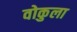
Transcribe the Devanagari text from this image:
वोकुला